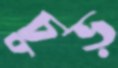
চুড়